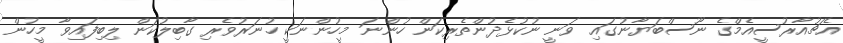
އެޗުއާރުސީއެމްގެ ނޫސްބަޔާނުގައި ވަނީ ނުކުޅެދުންތެރިކަން ހުންނަ މީހުންނަކީ ހުނަރުވެރި ގާބިލުކަން ލިބިފައިވާ މީހުން